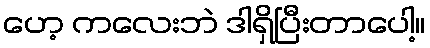
ဟေ့ ကလေးဘဲ ဒါရှိပြီးတာပေါ့။